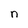
Character: n